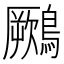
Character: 𪆙